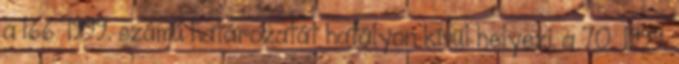
a 166 1999. számú határozatát hatályon kívül helyezi. a 70 1999.